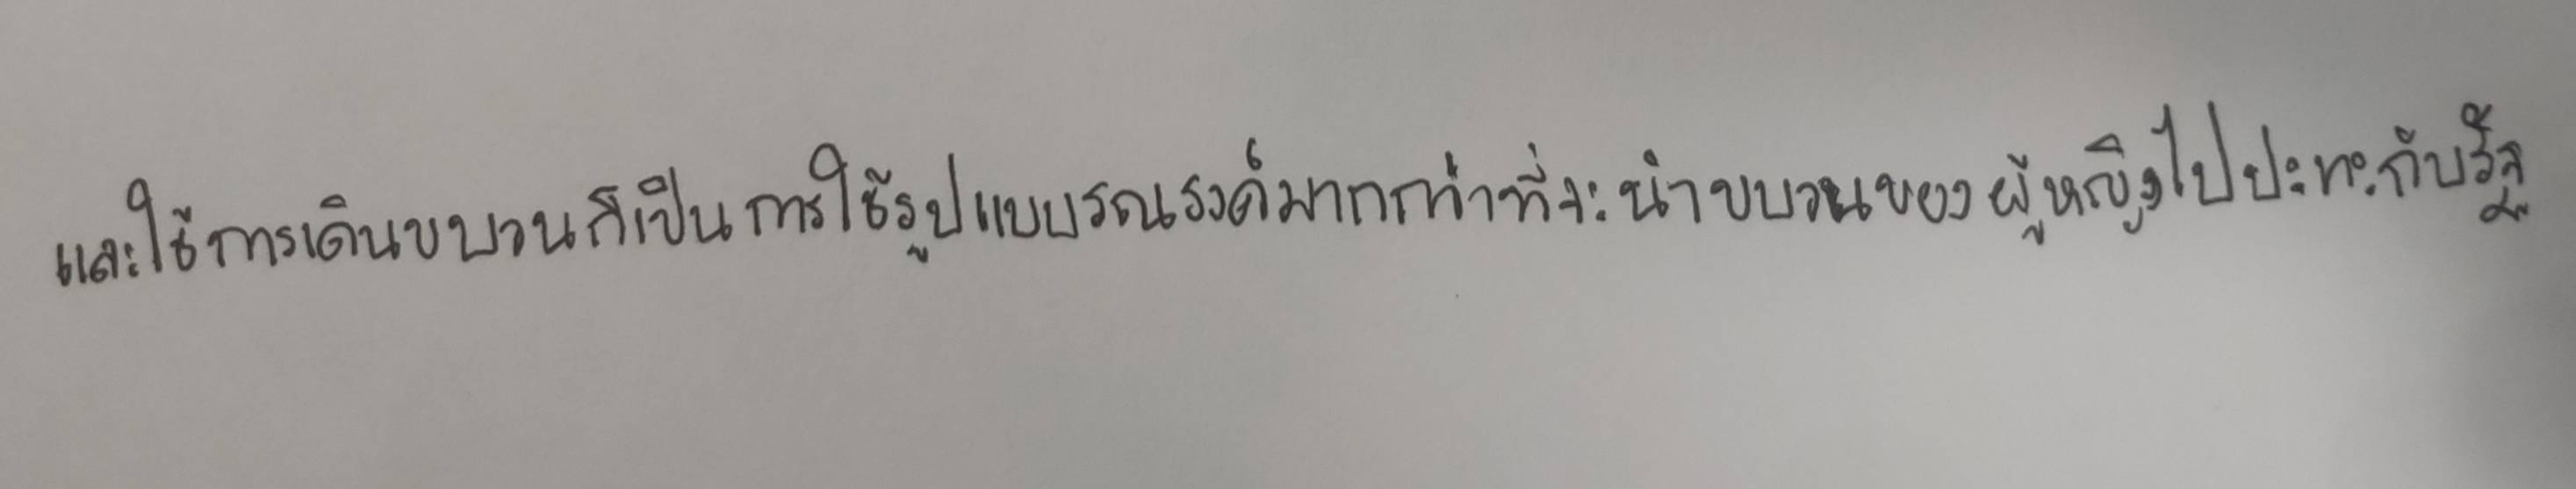
และใช้การเดินขบวนก็เป็นการใช้รูปแบบรณรงค์มากกว่าที่จะนำขบวนของผู้หญิงไปปะทะกับรัฐ